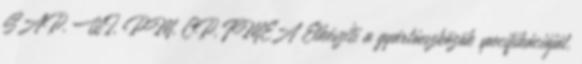
SAP, WI, PM, CP, FMEA Elkészíti a gyártóeszközök specifikációját.